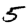
Digit: 5